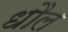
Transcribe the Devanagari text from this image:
धौल